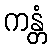
ကန္တံ